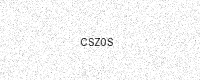
Text: CSZ0S